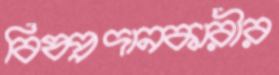
বিষপ্রদানকারীর